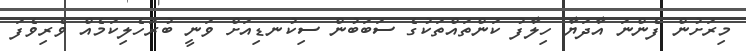
މިރަށުން ފެންނަ އާދަޔާ ހިލާފު ކަންތައްތަކުގެ ސަބަބުން ސިކުނޑިއަށް ވަނީ ބުރަހެލިކަމެއް ވެރިވެފަ